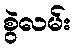
စွဲလမ်း